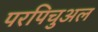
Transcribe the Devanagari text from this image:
परपिचुअल